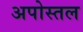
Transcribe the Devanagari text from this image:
अपोस्तल